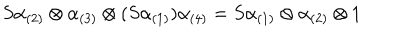
S \alpha _ { ( 2 ) } \otimes \alpha _ { ( 3 ) } \otimes ( S \alpha _ { ( 1 ) } ) \alpha _ { ( 4 ) } = S \alpha _ { ( 1 ) } \otimes \alpha _ { ( 2 ) } \otimes 1